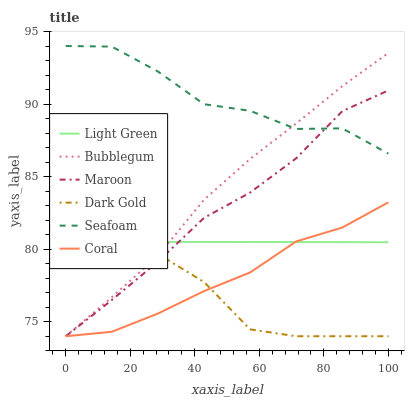
| xaxis_label | Light Green | Bubblegum | Maroon | Dark Gold | Seafoam | Coral |
 | --- | --- | --- | --- | --- | --- | --- |
 | 0 | 80.5 | 74 | 74 | 79.6 | 94 | 74 |
 | 14.3 | 80.5 | 76.7 | 76.5 | 80.3 | 94 | 74.3 |
 | 28.6 | 80.5 | 79.5 | 79.1 | 79.7 | 92.2 | 75.6 |
 | 42.9 | 80.5 | 83.4 | 82.2 | 77.7 | 90 | 77.1 |
 | 57.1 | 80.5 | 86.2 | 83.9 | 74.5 | 89.5 | 78.4 |
 | 71.4 | 80.5 | 88.7 | 86.3 | 74 | 88.3 | 80.5 |
 | 85.7 | 80.5 | 91.2 | 89.5 | 74 | 88.3 | 81.5 |
 | 100 | 80.5 | 93.5 | 90.9 | 74 | 86.6 | 83.2 |